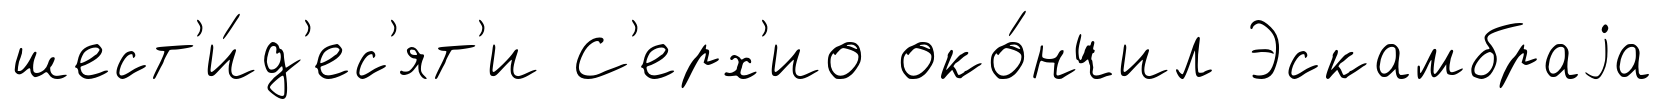
шест'и́д'ес'ят'и С'ерх'ио око́нчил Эскамбраjа